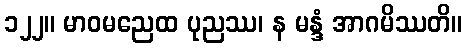
၁၂၂။ မာဝမညေထ ပုညဿ၊ န မန္ဒံ အာဂမိဿတိ။